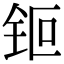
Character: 钷